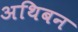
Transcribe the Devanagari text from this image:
अथिबन